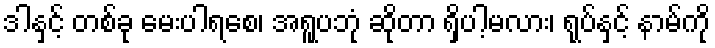
ဒါနှင့် တစ်ခု မေးပါရစေ၊ အရူပဘုံ ဆိုတာ ရှိပါ့မလား၊ ရုပ်နှင့် နာမ်ကို